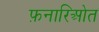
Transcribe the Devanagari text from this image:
फ़नारिओत